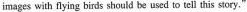
images with flying birds should be used to tell this story."